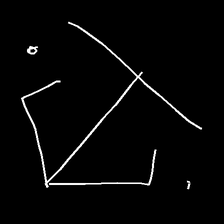
Glyph: earth